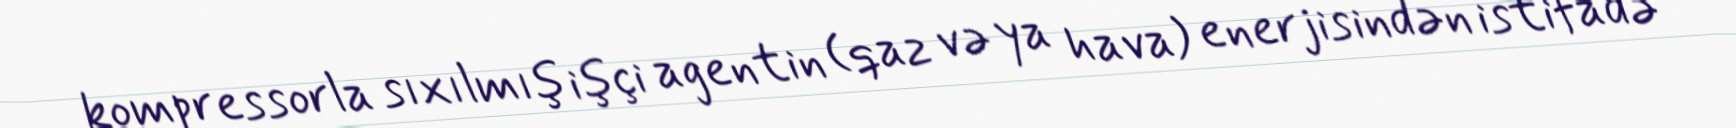
kompressorla sıxılmış işçi agentin (qaz və ya hava) enerjisindən istifadə